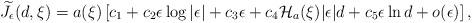
LaTeX: \begin{align*}& \widetilde{J}_{\epsilon }(d,\xi)=a(\xi)\left[c_{1}+c_{2} \epsilon \log |\epsilon|+c_3\epsilon +c_4\mathcal H_a(\xi)|\epsilon|d +c_5\epsilon\ln d+o(\epsilon)\right],\end{align*}